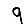
Digit: 9